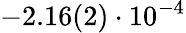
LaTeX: -2.16(2)\cdot 10^{-4}